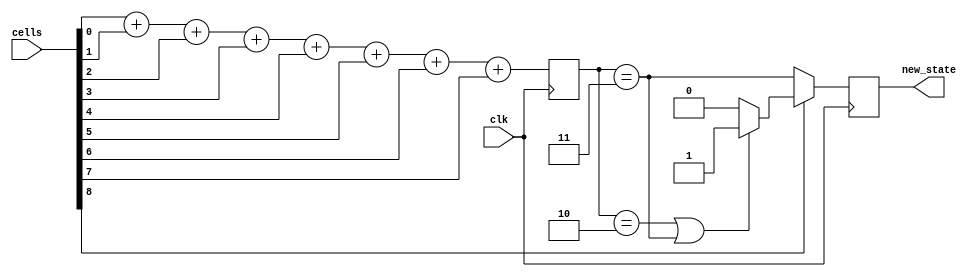
module conway(
  input clk, 
	input [8:0] cells,
	output reg new_state
  );

  reg strobe = 0;
  reg [3:0] ctr = 0;

  initial new_state = 0;

  // Add up the cells
  always @(posedge clk) begin
  	ctr <= cells[0] + cells[1] + cells[2] + 
  			   cells[3] + cells[4] + cells[5] + 
  			   cells[6] + cells[7];
  end    
  
  // set the new state
  always @(posedge clk) begin
    if ( cells[8] ) begin  
      new_state <= ((ctr == 2) || (ctr == 3)) ? 1 : 0;
    end
    else begin
      new_state <= ctr == 3;  
    end
  end

endmodule